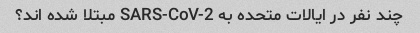
چند نفر در ایالات متحده به SARS-CoV-2 مبتلا شده اند؟